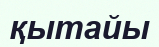
қытайы